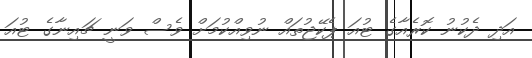
އަދި ދެކުނު ކޮރެއާގެ ޓުއަ ޕެކޭޖުތައް ނުވިއްކުމަށް ވެސް ވަނީ ޗައިނާގެ ޓުއަ